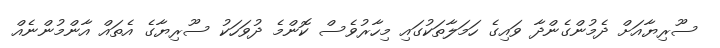
ސޫރިޔާއަށް ދެމުންގެންދާ ވައިގެ ހަމަލާތަކުގައި މިހާރުވެސް ކޮންމެ ދުވަހަކު ސޫރިޔާގެ އެތައް އާންމުންނެއް